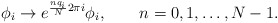
\begin{align*}\phi_i \to e^{\frac{n q_i}{N}2\pi i}\phi_i,\qquad n=0,1,\ldots, N-1.\end{align*}